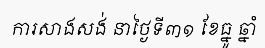
ការសាងសង់ នាថ្ងៃទី៣១ ខែធ្នូ ឆ្នាំ